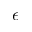
\epsilon